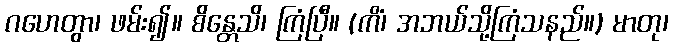
ဂဟေတွာ၊ ဖမ်း၍။ စိန္တေသိ၊ ကြံပြီ။ (ကိံ၊ အဘယ်သို့ကြံသနည်။) မာတု၊